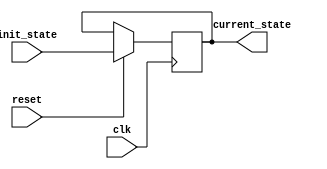
module fsm_init(
    input wire clk,              // Clock signal
    input wire reset,            // Control signal for initialization
    input wire [1:0] init_state, // Pre-configured state input
    output reg [1:0] current_state // Current state of the FSM
);

// State enumeration
parameter STATE_A = 2'b00;
parameter STATE_B = 2'b01;
parameter STATE_C = 2'b10;
parameter STATE_D = 2'b11;

// Initial state configuration
initial begin
    current_state = STATE_A; // Default initial state (can be changed by init_state)
end

// Synchronous process for state initialization
always @(posedge clk) begin
    if (reset) begin
        current_state <= init_state; // Set to pre-configured state on reset
    end else begin
        // Normal state transition logic (not specified)
        // Placeholder for other state transition logic if needed
        // current_state <= next_state; // Update this line based on your design needs
    end
end

endmodule